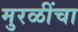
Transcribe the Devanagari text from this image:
मुरळींचा